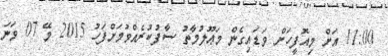
11:00 އަށް މިއޮފީހަށް ވަޑައިގެން މަޢޫލުމާތު ސާފުކުރެއްވުމަށްފަހު 2015 މޭ 07 ވަނަ